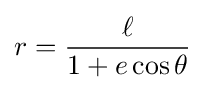
r={\frac {\ell }{1+e\cos \theta }}\,\!